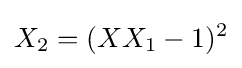
X_{2}=(XX_{1}-1)^{2}